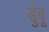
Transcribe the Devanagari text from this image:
डुंबू